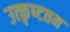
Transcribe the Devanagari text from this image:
उत्‍कृष्‍टतम